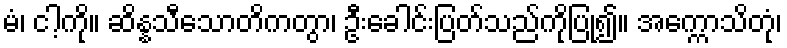
မံ၊ ငါ့ကို။ ဆိန္နသီသောတိကတွာ၊ ဦးခေါင်းပြတ်သည်ကိုပြု၍။ အက္ကောသိတုံ၊